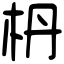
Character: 枬